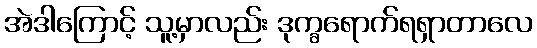
အဲဒါကြောင့် သူ့မှာလည်း ဒုက္ခရောက်ရရှာတာလေ